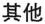
其他